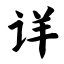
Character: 详